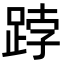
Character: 𨁝